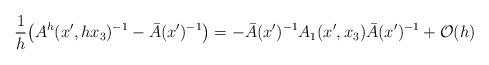
LaTeX: \begin{align*}\frac{1}{h}\big(A^h(x', hx_3)^{-1} - \bar A(x')^{-1}\big) =\displaystyle{-\bar A(x')^{-1} A_1(x',x_3)\bar A(x')^{-1} + \mathcal{O}(h) } \end{align*}